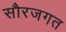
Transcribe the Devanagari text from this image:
सौरजगत